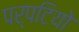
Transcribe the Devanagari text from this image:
पर्पटियो